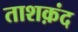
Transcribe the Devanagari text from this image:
ताशक़ंद